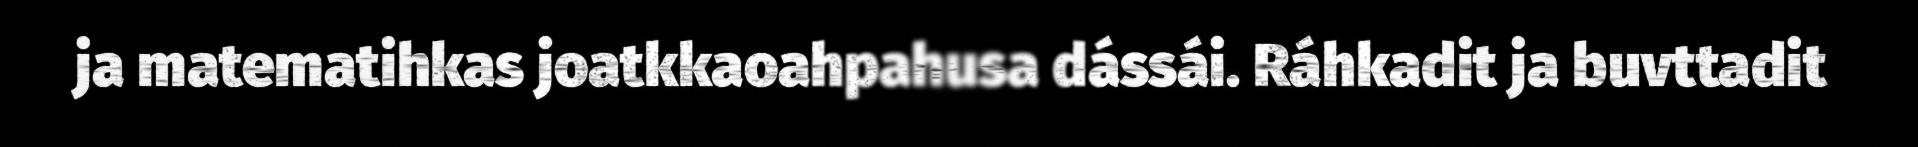
ja matematihkas joatkkaoahpahusa dássái. Ráhkadit ja buvttadit